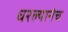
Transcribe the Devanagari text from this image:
धरल्यानेच